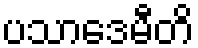
ပသာဒေမီတိ